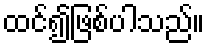
ထင်၍ဖြစ်ပါသည်။